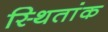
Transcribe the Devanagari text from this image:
स्थितांक